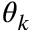
\theta _ { k }